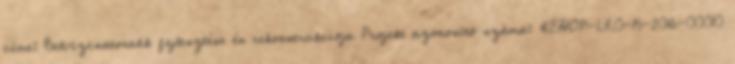
címe: Belvízcsatornák fejlesztése és rekonstrukciója Projekt azonosító száma: KEHOP-1.3.0-15-2016-00010